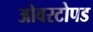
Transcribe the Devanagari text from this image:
ओवरटोपड